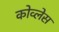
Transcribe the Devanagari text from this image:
कोव्लेस